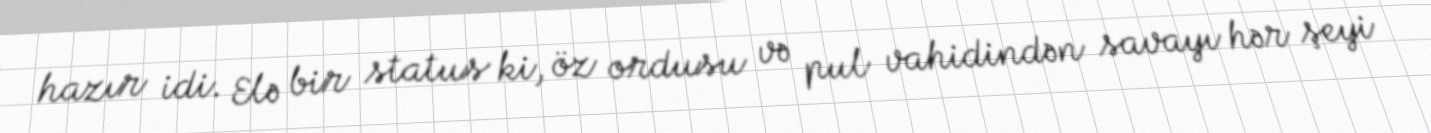
hazır idi. Elə bir status ki, öz ordusu və pul vahidindən savayı hər şeyi